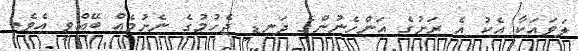
ލަވައަކާ އެކު އެ ރަށުގެ އަންހެނުންގެ ދަނޑި ޖެހުމުގެ ނެށުމެއް ބޭއްވި އެވެ.